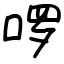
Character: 啰